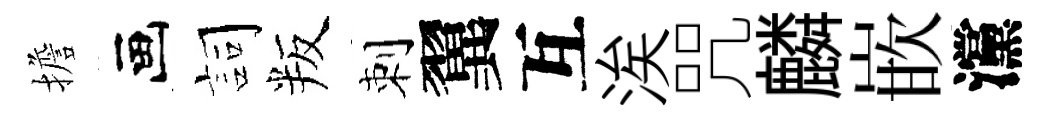
擔画詞叛刺翼互涘咒麟嵌灙